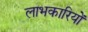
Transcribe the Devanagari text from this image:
लाभकारियों